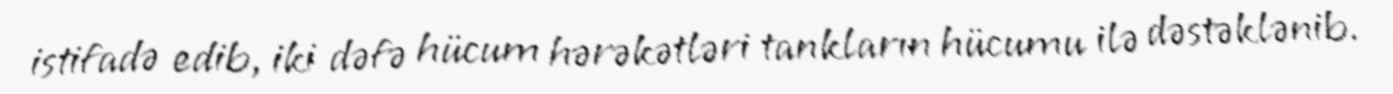
istifadə edib, iki dəfə hücum hərəkətləri tankların hücumu ilə dəstəklənib.